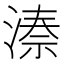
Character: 𬈙